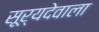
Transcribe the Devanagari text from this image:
सूर्यदेवाला